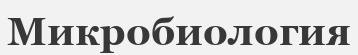
Микробиология